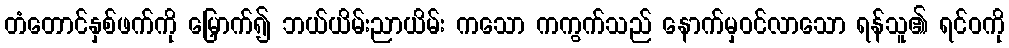
တံတောင်နှစ်ဖက်ကို မြှောက်၍ ဘယ်ယိမ်းညာယိမ်း ကသော ကကွက်သည် နောက်မှဝင်လာသော ရန်သူ၏ ရင်ဝကို